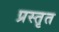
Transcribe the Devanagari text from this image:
प्रस्तृत